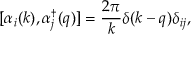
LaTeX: [ \alpha _ { i } ( k ) , \alpha _ { j } ^ { \dagger } ( q ) ] = \frac { 2 \pi } { k } \delta ( k - q ) \delta _ { i j } ,